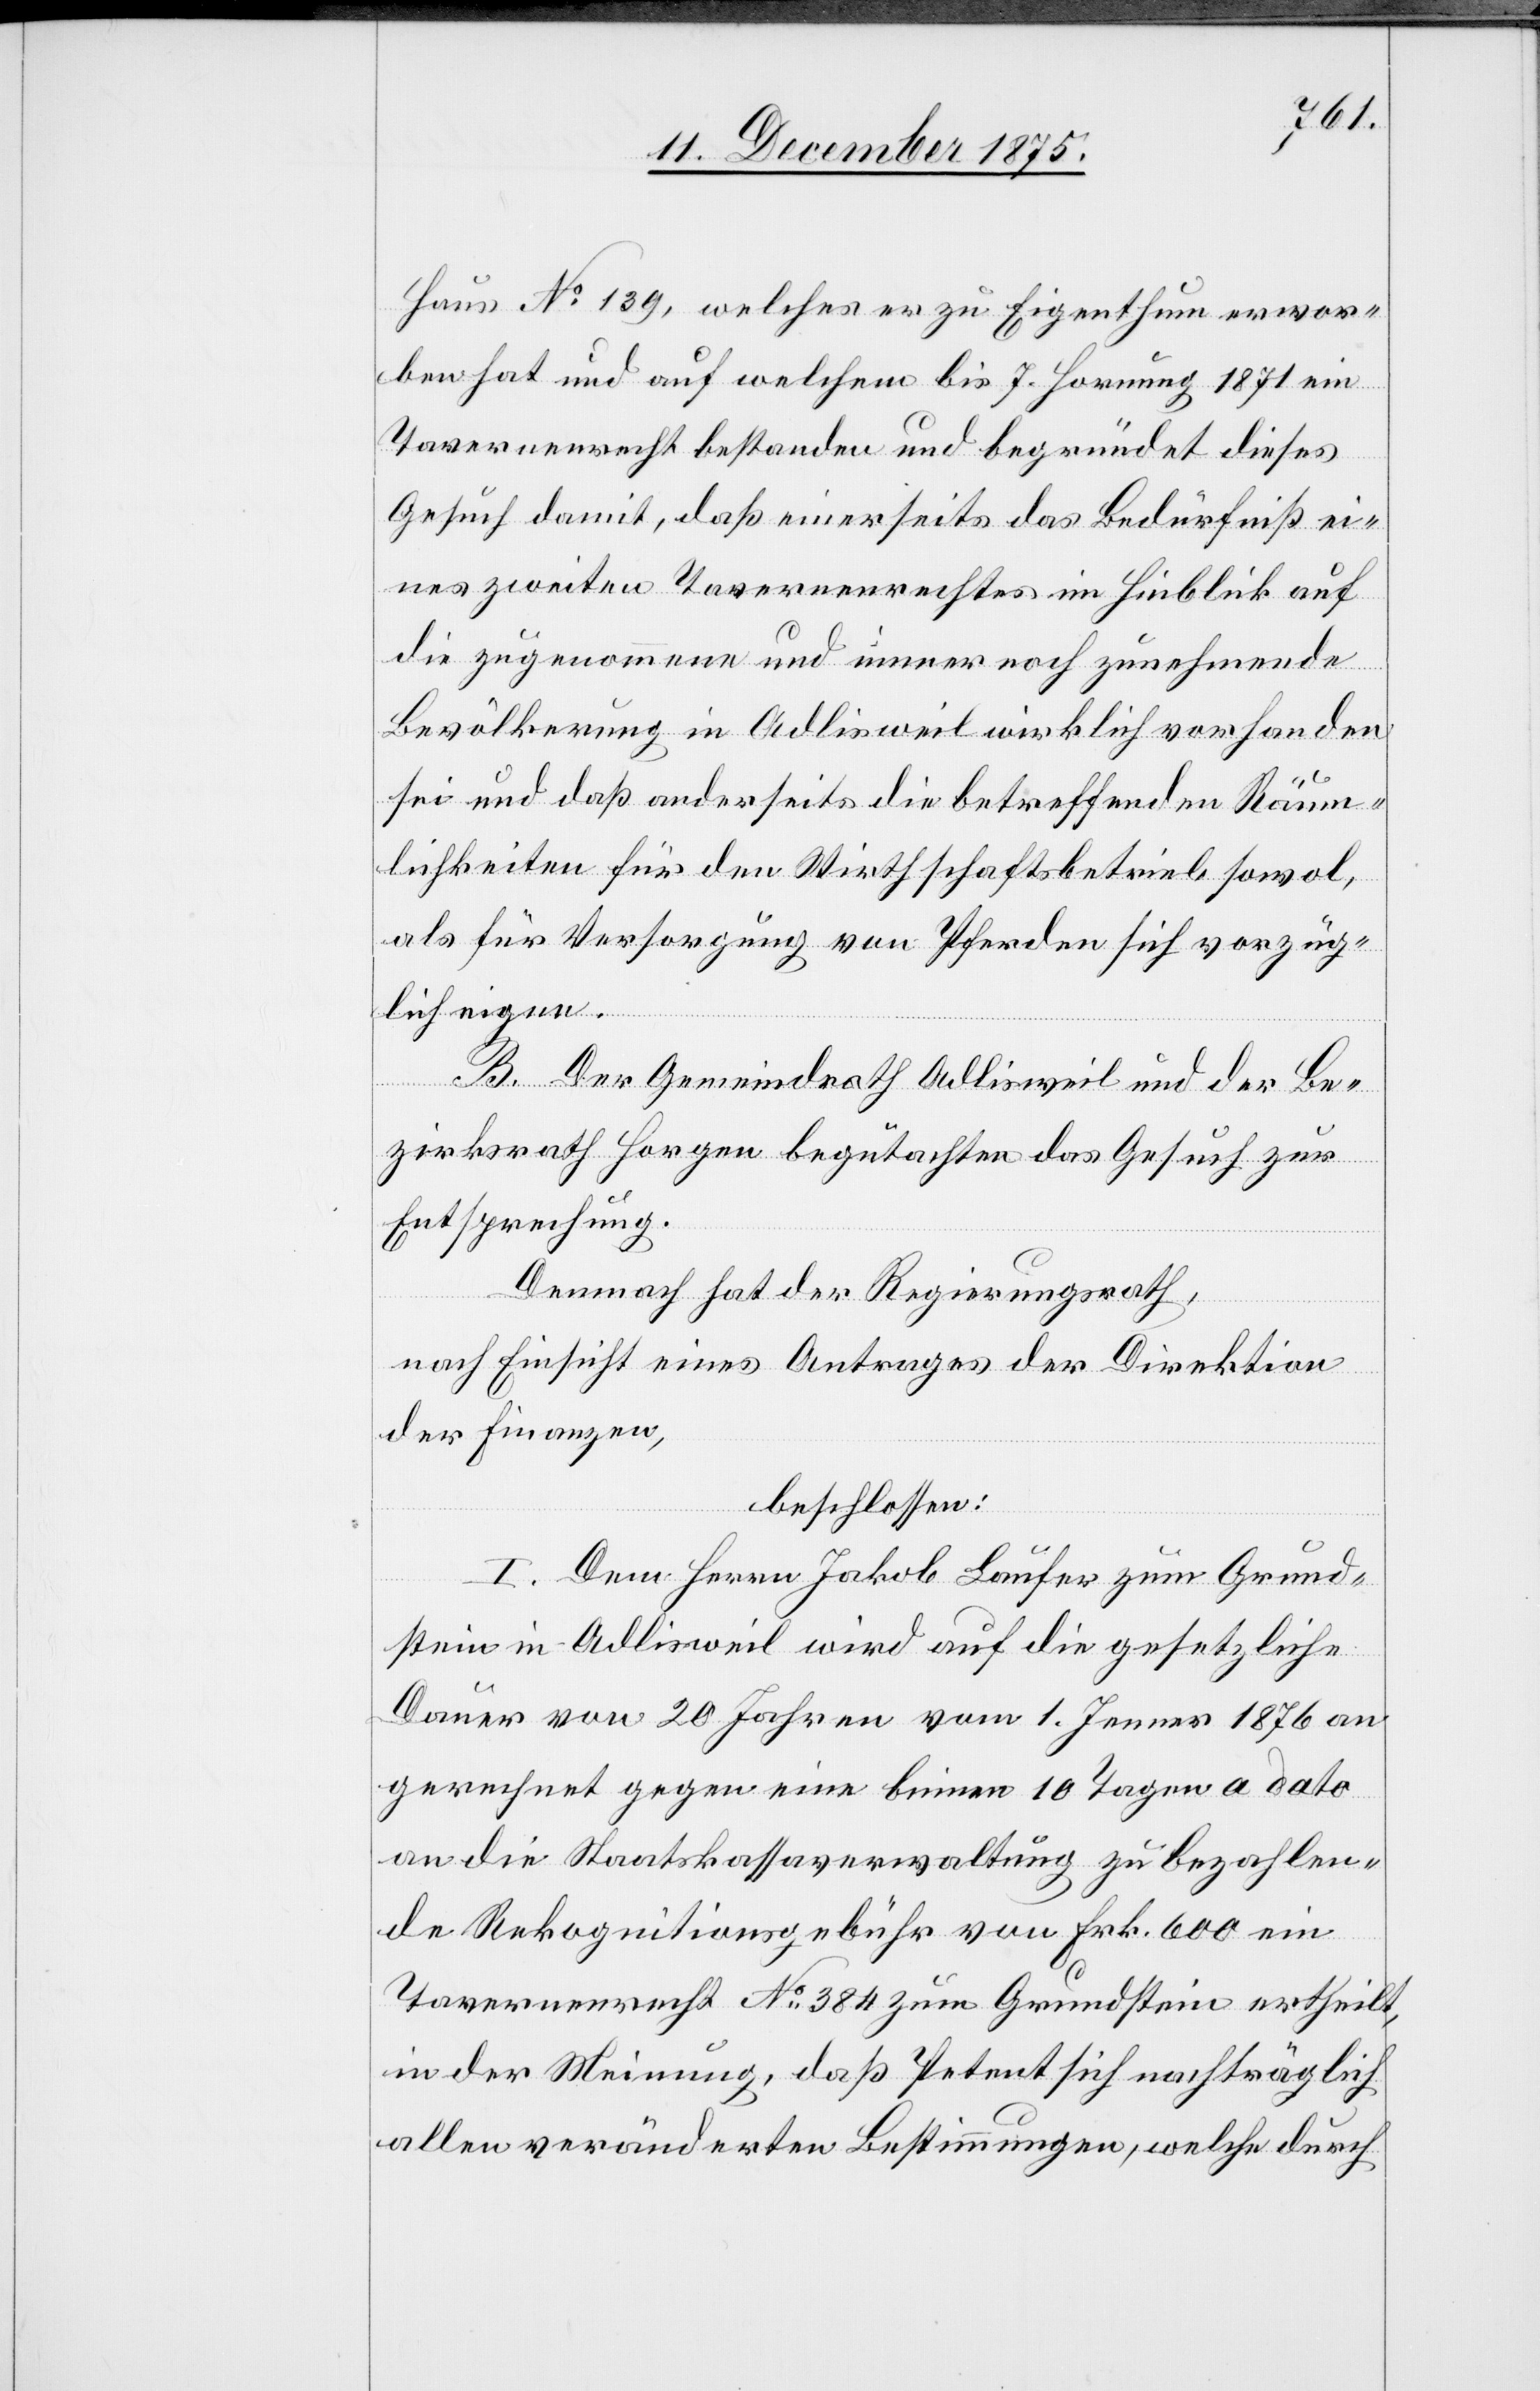
Haus No 139, welches er zu Eigenthum erwor¬
ben hat und auf welchem bis 7. Hornung 1871 ein
Tavernenrecht bestanden und begründet dieses
Gesuch damit, daß einerseits das Bedürfniß ei¬
nes zweiten Tavernenrechtes im Hinblick auf
die zugenommene und immer noch zunehmende
Bevölkerung in Adlisweil wirklich vorhanden
sei und daß anderseits die betreffenden Räum¬
lichkeiten für den Wirthschaftsbetrieb sowol,
als für Versorgung von Pferden sich vorzüg¬
lich eigne.
B. Der Gemeindrath Adlisweil und der Be¬
zirksrath Horgen begutachten das Gesuch zur
Entsprechung.
Demnach hat der Regierungsrath,
nach Einsicht eines Antrages der Direktion
der Finanzen,
beschlossen:
I. Dem Herrn Jakob Laufer zum Grund¬
stein in Adlisweil wird auf die gesetzliche
Dauer von 20 Jahren vom 1. Jenner 1876 an
gerechnet gegen eine binnen 10 Tagen a dato
an die Staatskassaverwaltung zu bezahlen¬
de Rekognitionsgebühr von Frk. 600 ein
Tavernenrecht No 384 zum Grundstein ertheilt,
in der Meinung, daß Petent sich nachträglich
allen veränderten Bestimmungen, welche durch